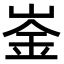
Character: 崟